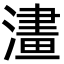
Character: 澅